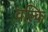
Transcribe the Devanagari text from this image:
वल्‍कि